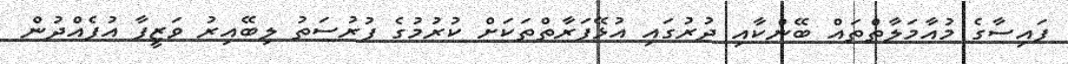
ފައިސާގެ މުއާމަލާތްތައް ބޭންކާއި ދުރުގައި އުޅޭފަރާތްތަކަށް ކުރުމުގެ ފުރުސަތު ލިބޭއިރު ވަޒީފާ އުފެއްދުން